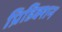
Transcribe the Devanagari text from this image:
प्रिडिक्शन